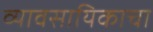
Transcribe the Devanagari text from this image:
व्यावसायिकाचा